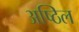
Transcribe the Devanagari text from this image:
अष्ठिल